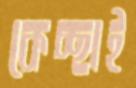
কেচ্ছাই